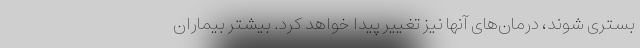
بستری شوند، درمان‌های آنها نیز تغییر پیدا خواهد کرد. بیشتر بیماران